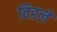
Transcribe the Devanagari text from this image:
विडले